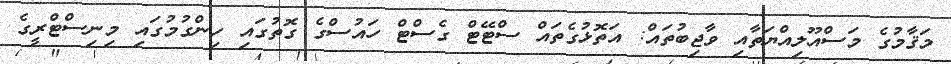
މަޤާމުގެ މަސްއޫލިއްޔަތާއި ވާޖިބުތައް: އަތޮޅުގެތައް ސްޓޭޓް ގެސްޓް ހައުސްގެ ގޮތުގައި ހިންގުމުގައި މިނިސްޓްރީގެ